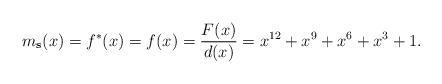
LaTeX: \begin{align*}m_{\mathbf{s}}(x) = f^{*}(x) = f(x) = \frac{F(x)}{d(x)} = x^{12} + x^9 + x^6 + x^3 + 1.\end{align*}